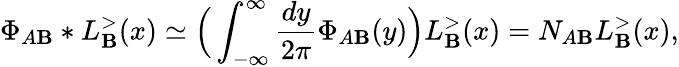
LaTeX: \Phi_{A\mathbf{B}}*L_{\mathbf{B}}^{>}(x)\simeq\Big(\int_{-\infty}^{\infty}\frac{{dy}}{{2\pi}}\Phi_{A\mathbf{B}}(y)\Big)L_{\mathbf{B}}^{>}(x)=N_{A\mathbf{B}}L_{\mathbf{B}}^{>}(x),